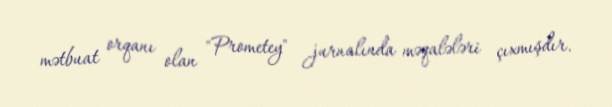
mətbuat orqanı olan "Prometey" jurnalında məqalələri çıxmışdır.